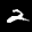
Label: 2